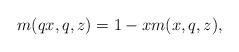
LaTeX: \begin{align*} m(qx, q, z)=1-xm(x,q,z),\end{align*}